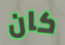
كان